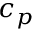
c _ { p }